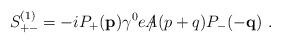
LaTeX: \begin{align*}S_{+-}^{(1)}=-iP_{+}({\bf p})\gamma^0e\,\slash\!\!\!\!A(p+q)P_{-}(-{\bf q})\,\,.\end{align*}